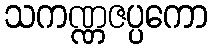
သကဏ္ဏဇပ္ပကော